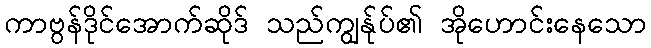
ကာဗွန်ဒိုင်အောက်ဆိုဒ် သည်ကျွန်ုပ်၏ အိုဟောင်းနေသော